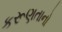
કરૂણતાનો